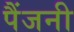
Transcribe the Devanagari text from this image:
पैंजनी